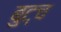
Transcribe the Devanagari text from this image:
बुट्च